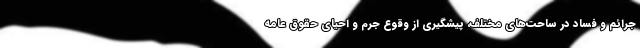
جرائم و فساد در ساحت‌های مختلف، پیشگیری از وقوع جرم و احیای حقوق عامه